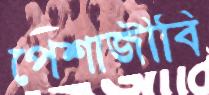
পেশাজীবি